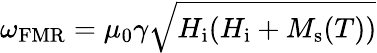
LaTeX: \omega_{\mathrm{FMR}}=\mu_{0}\gamma\sqrt{H_{\mathrm{i}}(H_{\mathrm{i}}+M_{\mathrm{s}}(T))}